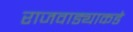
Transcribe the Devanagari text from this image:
राजवाड्याकडे